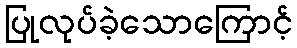
ပြုလုပ်ခဲ့သောကြောင့်